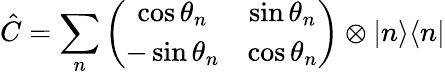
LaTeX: \hat{C}=\sum_{n}\left(\begin{array}{cc}{\cos\theta_{n}}&{\sin\theta_{n}}\\ {-\sin\theta_{n}}&{\cos\theta_{n}}\end{array}\right)\otimes|n\rangle\langle n|